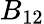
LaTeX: B_{12}